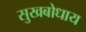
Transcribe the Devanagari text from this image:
सुखबोधाय